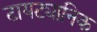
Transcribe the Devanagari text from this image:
टायट्यानिक